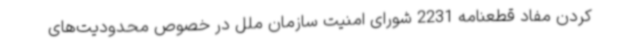
کردن مفاد قطعنامه 2231 شورای امنیت سازمان ملل در خصوص محدودیت‌های